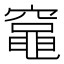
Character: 𫁘